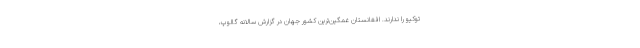
توکیو را ندارند. افغانستان غمگین‌ترین کشور جهان در گزارش سالانه گالوپ،